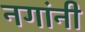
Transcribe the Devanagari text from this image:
नगांनी